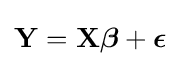
\mathbf {Y} =\mathbf {X} {\boldsymbol {\beta }}+{\boldsymbol {\epsilon }}